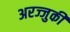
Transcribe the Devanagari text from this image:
अरज्जुकी